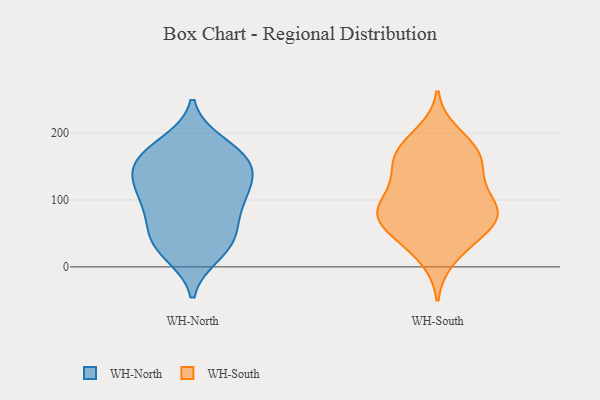
{"axis": {"x": "Conversion Rate (%)", "y": "Value"}, "legend": ["WH-North", "WH-South"], "data": [{"x": "", "y": 86, "type": "WH-North"}, {"x": "", "y": 185, "type": "WH-North"}, {"x": "", "y": 49, "type": "WH-North"}, {"x": "", "y": 36, "type": "WH-North"}, {"x": "", "y": 153, "type": "WH-North"}, {"x": "", "y": 158, "type": "WH-North"}, {"x": "", "y": 171, "type": "WH-North"}, {"x": "", "y": 109, "type": "WH-North"}, {"x": "", "y": 117, "type": "WH-North"}, {"x": "", "y": 138, "type": "WH-North"}, {"x": "", "y": 79, "type": "WH-North"}, {"x": "", "y": 25, "type": "WH-North"}, {"x": "", "y": 98, "type": "WH-North"}, {"x": "", "y": 147, "type": "WH-North"}, {"x": "", "y": 176, "type": "WH-North"}, {"x": "", "y": 129, "type": "WH-North"}, {"x": "", "y": 19, "type": "WH-North"}, {"x": "", "y": 48, "type": "WH-North"}, {"x": "", "y": 161, "type": "WH-South"}, {"x": "", "y": 92, "type": "WH-South"}, {"x": "", "y": 199, "type": "WH-South"}, {"x": "", "y": 176, "type": "WH-South"}, {"x": "", "y": 121, "type": "WH-South"}, {"x": "", "y": 73, "type": "WH-South"}, {"x": "", "y": 141, "type": "WH-South"}, {"x": "", "y": 83, "type": "WH-South"}, {"x": "", "y": 144, "type": "WH-South"}, {"x": "", "y": 51, "type": "WH-South"}, {"x": "", "y": 33, "type": "WH-South"}, {"x": "", "y": 71, "type": "WH-South"}, {"x": "", "y": 99, "type": "WH-South"}, {"x": "", "y": 166, "type": "WH-South"}, {"x": "", "y": 59, "type": "WH-South"}, {"x": "", "y": 13, "type": "WH-South"}, {"x": "", "y": 73, "type": "WH-South"}, {"x": "", "y": 91, "type": "WH-South"}, {"x": "", "y": 179, "type": "WH-South"}]}